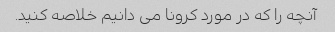
آنچه را که در مورد کرونا می دانیم خلاصه کنید.